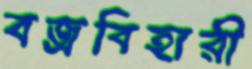
বজ্রবিহারী